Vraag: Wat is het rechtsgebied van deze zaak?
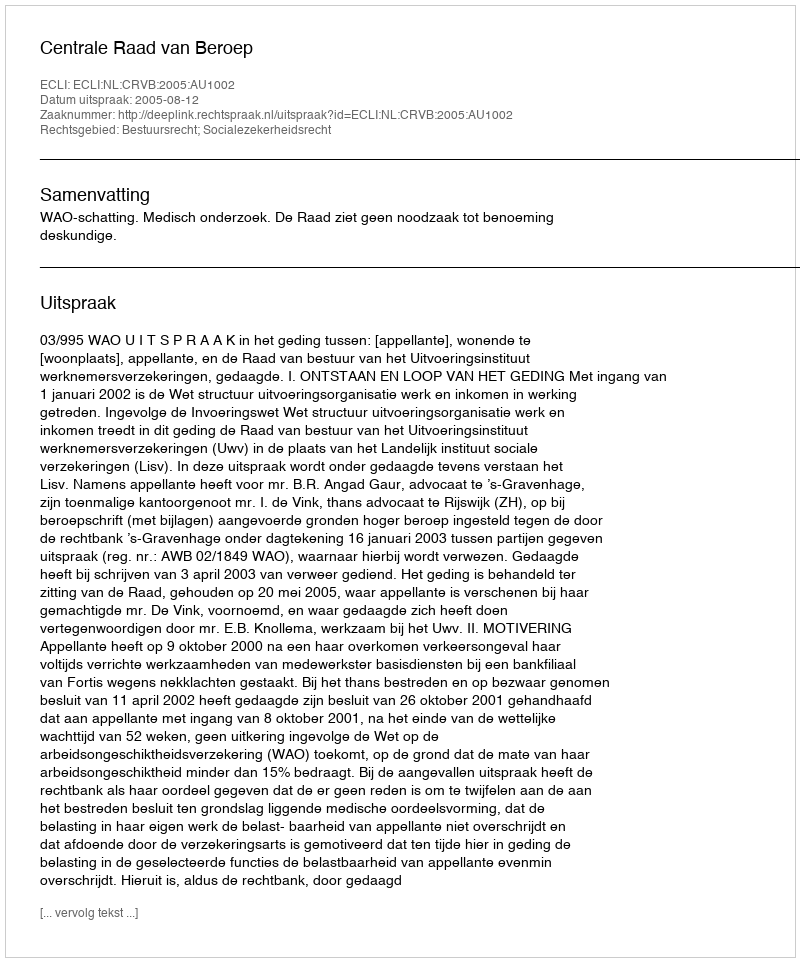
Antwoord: Bestuursrecht; Socialezekerheidsrecht